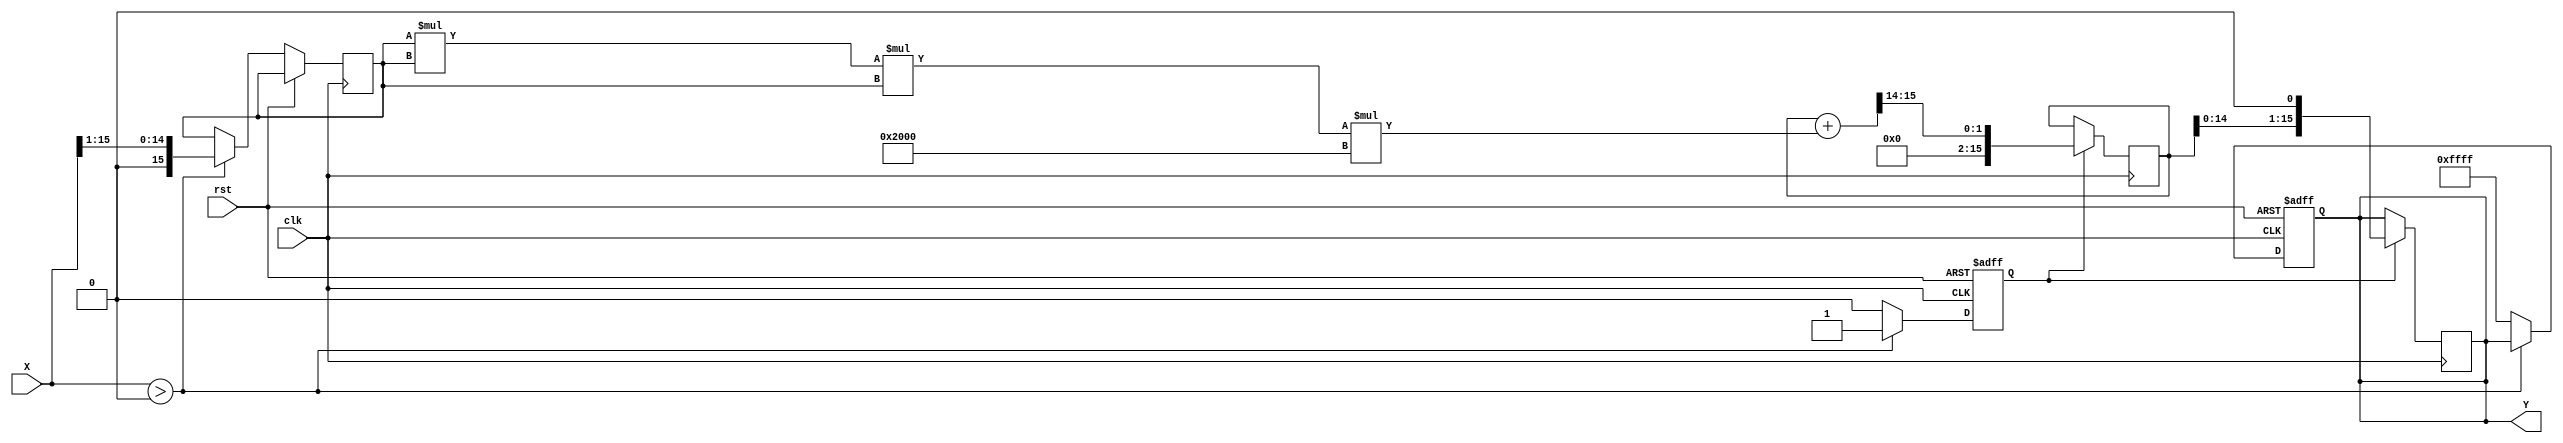
module poly_reciprocal (
    input wire [15:0] X,      // Input: 16-bit fixed-point number
    output reg [15:0] Y,      // Output: 16-bit fixed-point reciprocal
    input wire clk,           // Clock signal
    input wire rst            // Reset signal
);

    // Polynomial coefficients for approximation (example coefficients)
    parameter C0 = 16'h1FFF; // Coefficient for x^0
    parameter C1 = 16'hC000; // Coefficient for x^1
    parameter C2 = 16'h4000; // Coefficient for x^2
    parameter C3 = 16'h2000; // Coefficient for x^3

    reg [15:0] normalized_X;
    reg [15:0] polynomial_result;
    reg valid_input;

    // Normalization and input validation
    always @(posedge clk or posedge rst) begin
        if (rst) begin
            Y <= 16'h0000;
            valid_input <= 1'b0;
        end else begin
            // Check if input is valid (X > 0)
            if (X > 16'h0000) begin
                // Normalize input to [0.5, 1.0]
                normalized_X <= X >> 1; // Example normalization (X / 2)
                valid_input <= 1'b1;
            end else begin
                // Handle invalid input (output predefined value or error)
                Y <= 16'hFFFF; // Example error signal
                valid_input <= 1'b0;
            end
        end
    end

    // Polynomial evaluation using Horner's method
    always @(posedge clk) begin
        if (valid_input) begin
            // Evaluate polynomial: Y = C0 + C1 * normalized_X + C2 * normalized_X^2 + C3 * normalized_X^3
            polynomial_result <= C0 + (normalized_X * C1) >> 14; // Adjust scaling
            polynomial_result <= polynomial_result + ((normalized_X * normalized_X) * C2) >> 14; // x^2 term
            polynomial_result <= polynomial_result + ((normalized_X * normalized_X * normalized_X) * C3) >> 14; // x^3 term
            
            // Scale the result back (example scaling)
            Y <= polynomial_result << 1; // Example scaling (multiply by 2)
        end
    end

endmodule